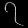
Digit: ၇